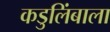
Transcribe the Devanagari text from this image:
कडुलिंबाला